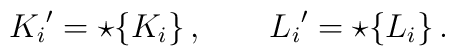
{K_i}' = \star \{K_i\} \,, \qquad{L_i}' = \star \{L_i\} \,.